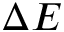
\Delta E